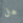
هل